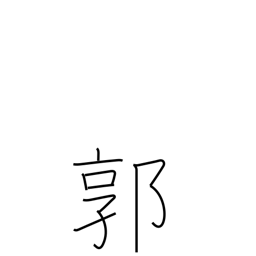
Meaning: red-light district